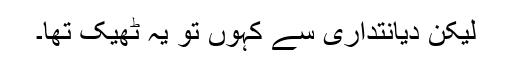
لیکن دیانتداری سے کہوں تو یہ ٹھیک تھا۔